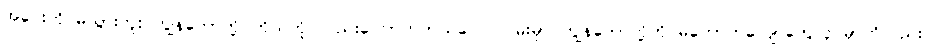
အဝေးကို မသွားဘူး ကျွန်တော်တို့ ကိုယ်တိုင်လည်းကြောက်တယ်လေ လမ်းမှာ ကျွန်တော်တို့ကို မတော်တလျောတွေလုပ်မှာကိုလည်း